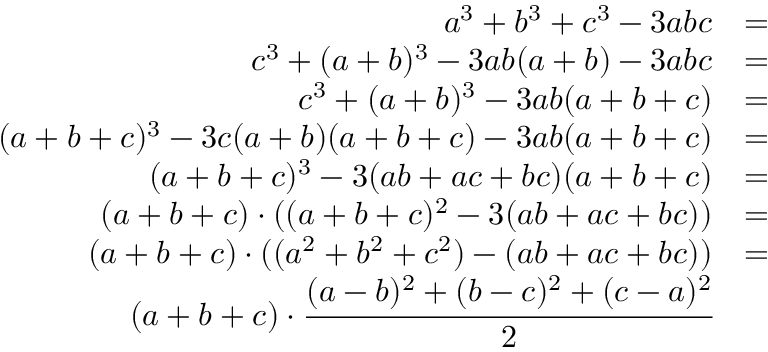
\begin{array} { r l } { a ^ { 3 } + b ^ { 3 } + c ^ { 3 } - 3 a b c } & { = } \\ { c ^ { 3 } + ( a + b ) ^ { 3 } - 3 a b ( a + b ) - 3 a b c } & { = } \\ { c ^ { 3 } + ( a + b ) ^ { 3 } - 3 a b ( a + b + c ) } & { = } \\ { ( a + b + c ) ^ { 3 } - 3 c ( a + b ) ( a + b + c ) - 3 a b ( a + b + c ) } & { = } \\ { ( a + b + c ) ^ { 3 } - 3 ( a b + a c + b c ) ( a + b + c ) } & { = } \\ { ( a + b + c ) \cdot ( ( a + b + c ) ^ { 2 } - 3 ( a b + a c + b c ) ) } & { = } \\ { ( a + b + c ) \cdot ( ( a ^ { 2 } + b ^ { 2 } + c ^ { 2 } ) - ( a b + a c + b c ) ) } & { = } \\ { ( a + b + c ) \cdot \cfrac { ( a - b ) ^ { 2 } + ( b - c ) ^ { 2 } + ( c - a ) ^ { 2 } } { 2 } } \end{array}